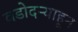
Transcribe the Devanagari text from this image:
वडोदऱ्याहून